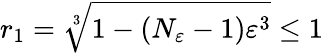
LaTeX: r_{1}=\sqrt[3]{1-(N_{\varepsilon}-1)\varepsilon^{3}}\leq 1